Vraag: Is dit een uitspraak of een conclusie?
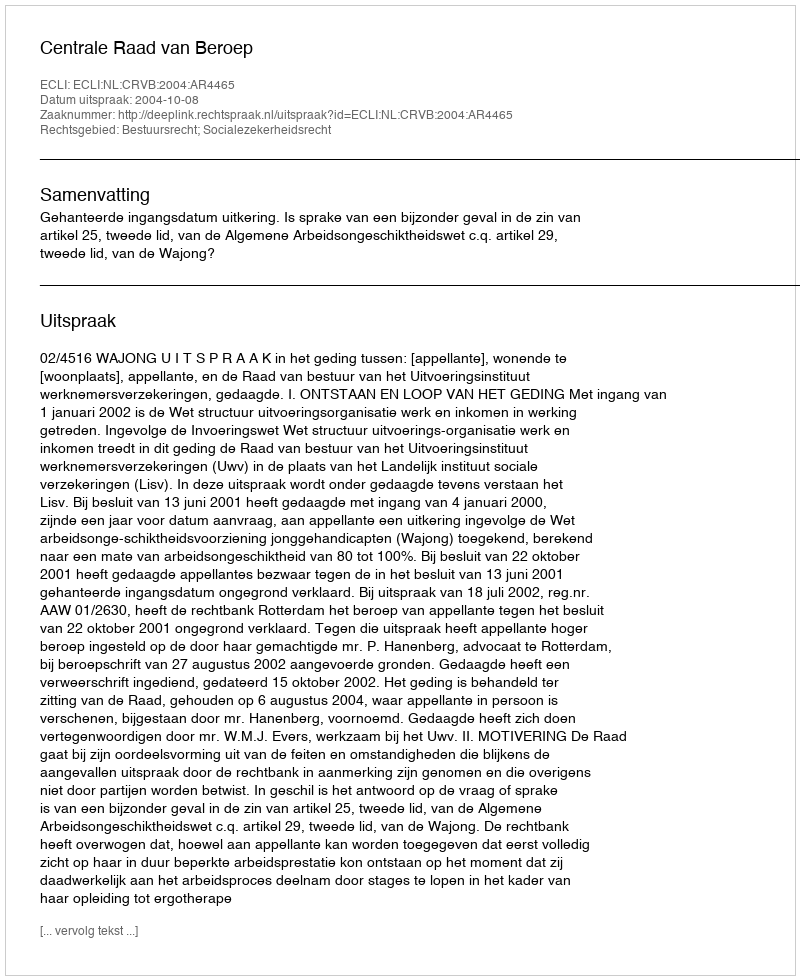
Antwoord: Uitspraak